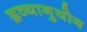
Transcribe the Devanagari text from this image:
द्रव्यानुयोग